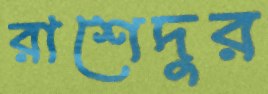
রাশেদুর